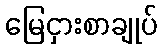
မြေငှားစာချုပ်